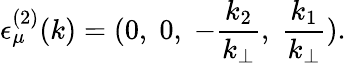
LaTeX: {\epsilon}_{\mu}^{(2)}(k)=(0,\; 0,\; -\frac{k_{2}}{k_{\bot}},\; \frac{k_{1}}{k_{\bot}}).